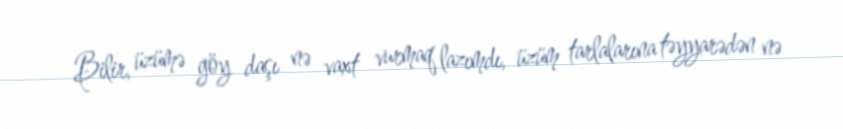
Bilir, üzümə göy daşı nə vaxt vurmaq lazımdı, üzüm tarlalarına təyyarədən nə